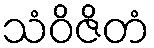
သံဝိဇိတံ